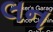
લન